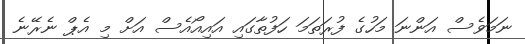
ނަމަވެސް އަންނަ މަހުގެ ފުރަތަމަ ހަފުތާގައި އައިއޯއެސް އަށް މި އެޕް ނެރޭނެ